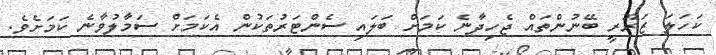
ކަހަލަ ޒަރޫރީ ބޭނުންތައް ޖެހިދާނެ ކަމަށް ބަލައި ސެންޓަރުތަކުން އެކަމަށް ސަމާލުވާނެ ކަމަށެވެ.